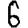
Digit: 6